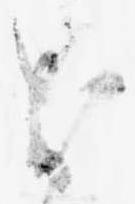
お